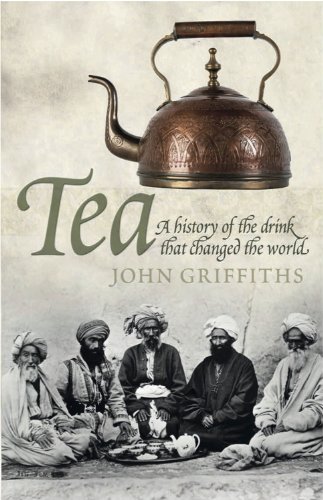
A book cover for Tea: A History of the Drink That Changed the World; John C. Griffiths; Cookbooks, Food & Wine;